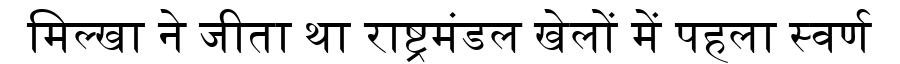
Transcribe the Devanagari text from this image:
मिल्खा ने जीता था राष्ट्रमंडल खेलों में पहला स्वर्ण